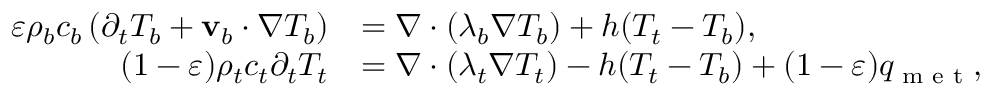
\begin{array} { r l } { \varepsilon \rho _ { b } c _ { b } \left( \partial _ { t } T _ { b } + \mathbf v _ { b } \cdot \nabla T _ { b } \right) } & { = \nabla \cdot ( \lambda _ { b } \nabla T _ { b } ) + h ( T _ { t } - T _ { b } ) , } \\ { ( 1 - \varepsilon ) \rho _ { t } c _ { t } \partial _ { t } T _ { t } } & { = \nabla \cdot ( \lambda _ { t } \nabla T _ { t } ) - h ( T _ { t } - T _ { b } ) + ( 1 - \varepsilon ) q _ { \textrm { m e t } } , } \end{array}